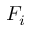
F _ { i }